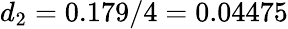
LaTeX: d_{2}=0.179/4=0.04475